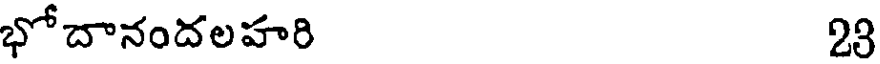
భోదానందలహరి 23